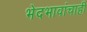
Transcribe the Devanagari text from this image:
भेदभावांचाही